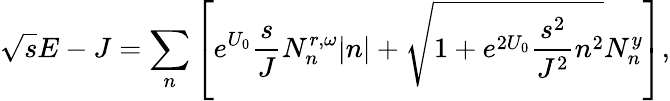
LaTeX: \sqrt{s}E-J=\sum_{n}\left[e^{U_{0}}\frac{s}{J}N_{n}^{r,\omega}|n|+\sqrt{1+e^{2U_{0}}\frac{s^{2}}{J^{2}}n^{2}}N_{n}^{y}\right],